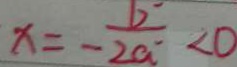
x = - \frac { b ^ { \prime } } { 2 a ^ { \prime } } < 0